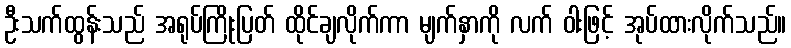
ဦးသက်ထွန်းသည် အရုပ်ကြိုးပြတ် ထိုင်ချလိုက်ကာ မျက်နှာကို လက် ဝါးဖြင့် အုပ်ထားလိုက်သည်။